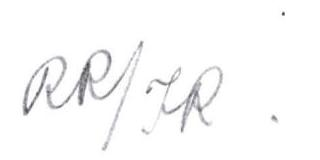
RR / IR :